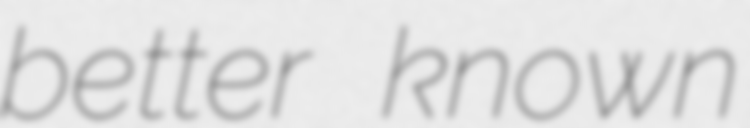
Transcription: better known